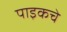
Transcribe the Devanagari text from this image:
पाइकचे